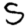
Digit: 5